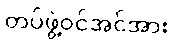
တပ်ဖွဲ့ဝင်အင်အား